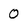
Character: 0